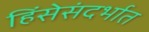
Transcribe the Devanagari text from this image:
हिंसेसंदर्भात